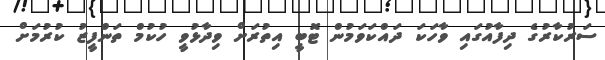
ސަރުކާރުގެ ދިފާއުގައި ވާހަކަ ދައްކަވަމުން ޓޮބީ އިތުރަށް ވިދާޅުވީ ހުކުމް ތަންފީޒު ކުރުމަށް